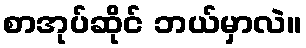
စာအုပ်ဆိုင် ဘယ်မှာလဲ။